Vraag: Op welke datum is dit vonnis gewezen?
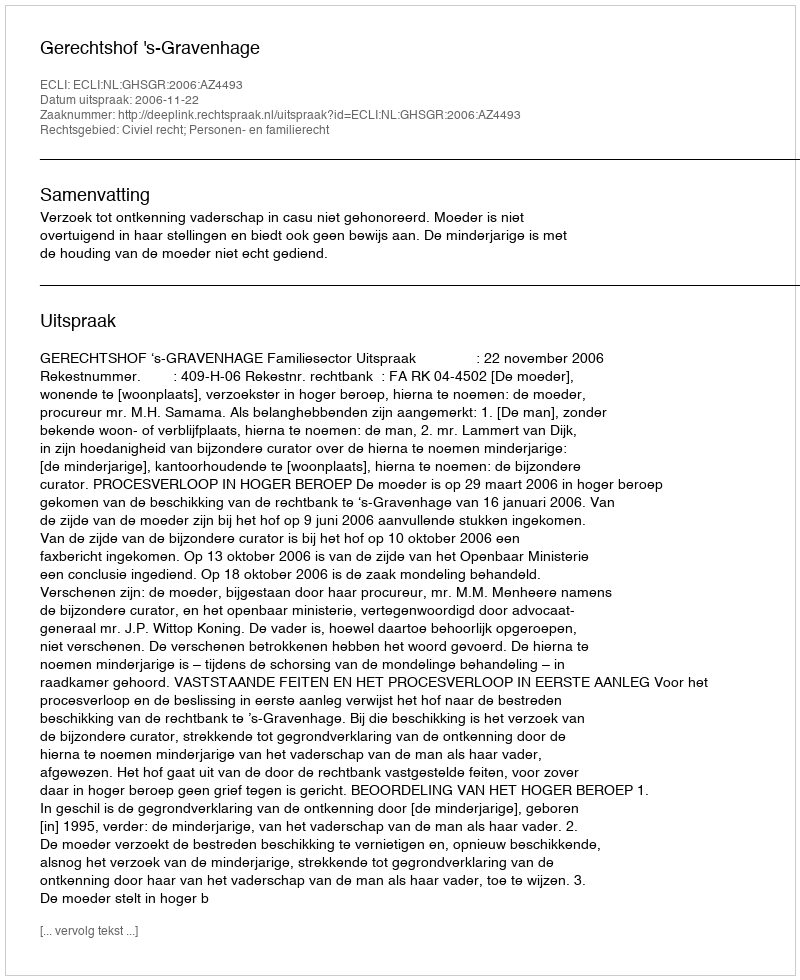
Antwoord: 2006-11-22